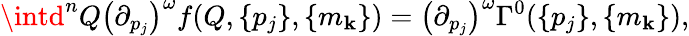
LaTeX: \intd^{n}Q\left({\partial}_{p_{j}}\right)^{\omega}f(Q,\{ p_{j}\} ,\{ m_{\mathbf{k}}\} )=\left({\partial}_{p_{j}}\right)^{\omega}\Gamma^{0}(\{ p_{j}\} ,\{ m_{\mathbf{k}}\} ),